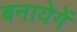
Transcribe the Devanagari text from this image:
बनायेगें